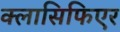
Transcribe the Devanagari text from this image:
क्लासिफिएर